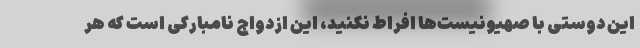
این دوستی با صهیونیست‌ها افراط نکنید، این ازدواج نامبارکی است که هر